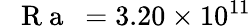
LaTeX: \mathrm{~\textit~{~R~a~}~}=3.20\times 10^{11}